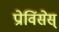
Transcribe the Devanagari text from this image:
प्रोविंसेस्